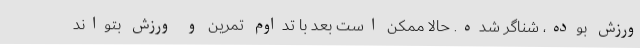
ورزش بوده، شناگر شده. حالا ممکن است بعد با تداوم تمرین و ورزش بتواند